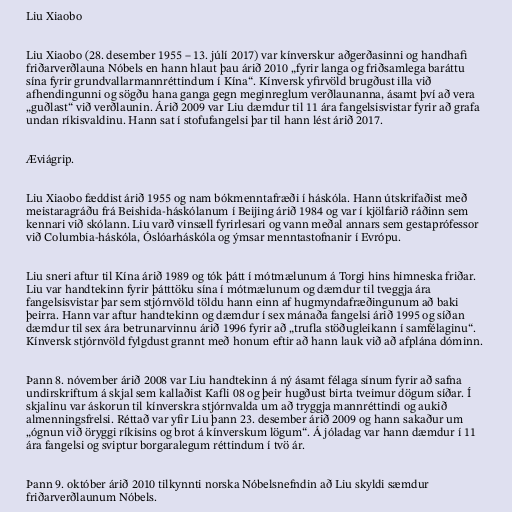
Liu Xiaobo

Liu Xiaobo (28. desember 1955 – 13. júlí 2017) var kínverskur aðgerðasinni og handhafi
friðarverðlauna Nóbels en hann hlaut þau árið 2010 „fyrir langa og friðsamlega baráttu
sína fyrir grundvallarmannréttindum í Kína“. Kínversk yfirvöld brugðust illa við
afhendingunni og sögðu hana ganga gegn meginreglum verðlaunanna, ásamt því að vera
„guðlast“ við verðlaunin. Árið 2009 var Liu dæmdur til 11 ára fangelsisvistar fyrir að grafa
undan ríkisvaldinu. Hann sat í stofufangelsi þar til hann lést árið 2017.

Æviágrip.

Liu Xiaobo fæddist árið 1955 og nam bókmenntafræði í háskóla. Hann útskrifaðist með
meistaragráðu frá Beis­hida-háskól­anum í Beijing árið 1984 og var í kjölfarið ráðinn sem
kennari við skólann. Liu varð vinsæll fyrirlesari og vann meðal annars sem gestaprófessor
við Columbia-háskóla, Óslóarháskóla og ýmsar menntastofnanir í Evrópu.

Liu sneri aftur til Kína árið 1989 og tók þátt í mótmælunum á Torgi hins himneska friðar.
Liu var handtekinn fyrir þátttöku sína í mótmælunum og dæmdur til tveggja ára
fangelsisvistar þar sem stjórnvöld töldu hann einn af hugmyndafræðingunum að baki
þeirra. Hann var aftur handtekinn og dæmdur í sex mánaða fangelsi árið 1995 og síðan
dæmdur til sex ára betrunarvinnu árið 1996 fyrir að „trufla stöð­ug­leik­ann í sam­fé­lag­inu“.
Kínversk stjórnvöld fylgdust grannt með honum eftir að hann lauk við að afplána dóminn.

Þann 8. nóvember árið 2008 var Liu handtekinn á ný ásamt félaga sínum fyrir að safna
undirskriftum á skjal sem kallaðist Kafli 08 og þeir hugðust birta tveimur dögum síðar. Í
skjalinu var áskorun til kínverskra stjórnvalda um að tryggja mannréttindi og aukið
almenningsfrelsi. Réttað var yfir Liu þann 23. desember árið 2009 og hann sakaður um
„ógnun við öryggi rík­is­ins og brot á kín­verskum lög­um“. Á jóladag var hann dæmdur í 11
ára fangelsi og sviptur borgaralegum réttindum í tvö ár.

Þann 9. október árið 2010 tilkynnti norska Nóbelsnefndin að Liu skyldi sæmdur
friðarverðlaunum Nóbels.